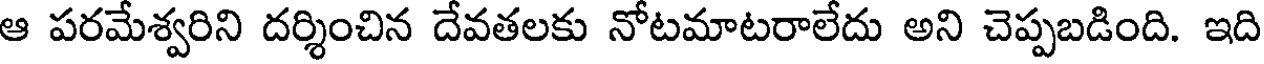
ఆ పరమేశ్వరిని దర్శించిన దేవతలకు నోటమాటరాలేదు అని చెప్పబడింది. ఇది